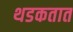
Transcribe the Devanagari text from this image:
थडकतात